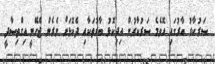
ސަރުކާރު ބާރުގައި އޮވެމެ ސަރުކާރުން އިދިކޮޅު ބާރުތަކާއި ދެކޮޅަށް ނެރެން ޖެހޭނީ އިގްތިސާދީ